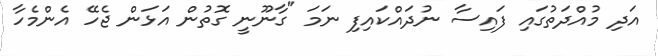
އަދި މުއްދަތުގައި ފައިސާ ނުދައްކައިފި ނަމަ "ގާނޫނީ ގޮތުން އަޅަން ޖެހޭ އެންމެހާ